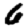
Digit: 6